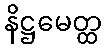
နိဋ္ဌမေတ္ထ